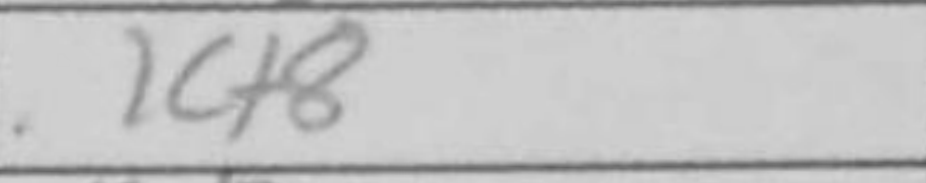
Transcription: Kf8